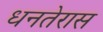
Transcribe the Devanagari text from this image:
धनतेरास